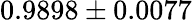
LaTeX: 0.9898\pm 0.0077